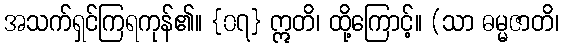
အသက်ရှင်ကြရကုန်၏။ {၀၇} ဣတိ၊ ထို့ကြောင့်။ (သာ ဓမ္မဇာတိ၊